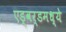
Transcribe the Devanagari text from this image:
एड्वर्डमध्ये